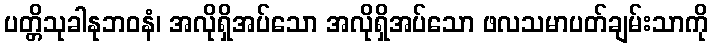
ပတ္တိသုခါနုဘဝနံ၊ အလိုရှိအပ်သော အလိုရှိအပ်သော ဖလသမာပတ်ချမ်းသာကို